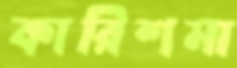
কারিশমা